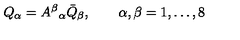
Q _ { \alpha } = { A ^ { \beta } } _ { \alpha } \bar { Q } _ { \beta } , \qquad \alpha , \beta = 1 , \ldots , 8